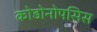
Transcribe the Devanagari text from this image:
कोडोनोपसिस